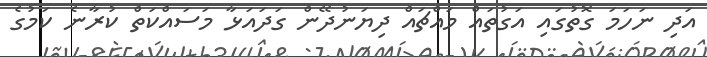
އަދި ނަހަމަ ގޮތުގައި އަގުތައް މައްޗައް ދިޔަނުދޭން ގަދައަޅާ މަސައްކަތް ކުރާނެ ކަމުގެ